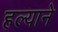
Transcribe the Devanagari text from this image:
हल्याने